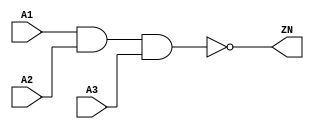
module NAND3_X1 (A1, A2, A3, ZN);
  input A1;
  input A2;
  input A3;
  output ZN;
  not(ZN, i_8);
  and(i_8, i_9, A3);
  and(i_9, A1, A2);
  specify
    (A1 => ZN) = (0.1, 0.1);
    (A2 => ZN) = (0.1, 0.1);
    (A3 => ZN) = (0.1, 0.1);
  endspecify
endmodule